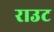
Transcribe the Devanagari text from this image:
राउट